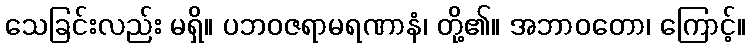
သေခြင်းလည်း မရှိ။ ပဘဝဇရာမရဏာနံ၊ တို့၏။ အဘာဝတော၊ ကြောင့်။